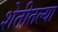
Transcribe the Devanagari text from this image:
शेतीतल्या